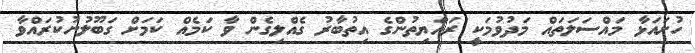
ހުށައަޅާ މައްސަލަތައް މަދުވުމަކީ ރައްޔިތުންގެ އިތުބާރު ގެއްލިގެން ވާ ކަމެއް ކަމަށް ގަބޫލުނުކުރައްވާ